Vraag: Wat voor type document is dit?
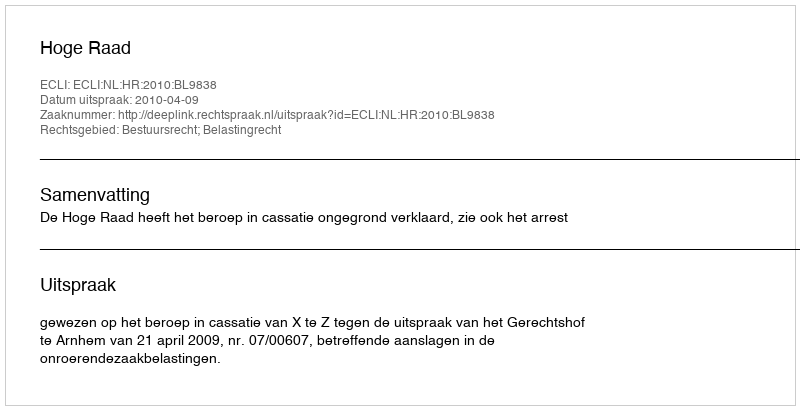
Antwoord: Uitspraak